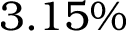
3 . 1 5 \%